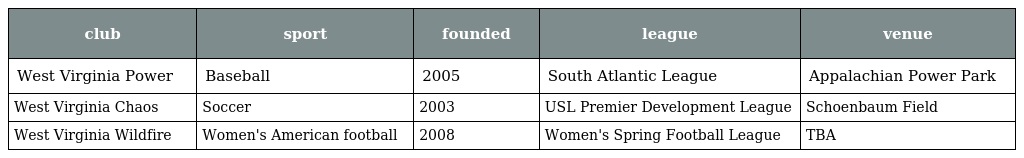
| club | sport | founded | league | venue |
 | --- | --- | --- | --- | --- |
 | West Virginia Power | Baseball | 2005 | South Atlantic League | Appalachian Power Park |
 | West Virginia Chaos | Soccer | 2003 | USL Premier Development League | Schoenbaum Field |
 | West Virginia Wildfire | Women's American football | 2008 | Women's Spring Football League | TBA |